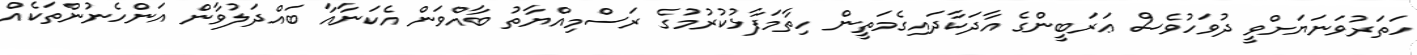
ހަތަރުވަނަޔަށްވީ ދުވަހުވެސް ޢަރަބީންގެ އާދަކާދައިގެމަތީން ހިތާމަފާޅުކުރުމުގެ ރަސްމިއްޔާތު ބާއްވަން އެކަނާއާ ބައްދަލުވާން އަންހެނުންތަކެއް